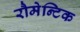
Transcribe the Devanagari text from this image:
रौमेन्टिक